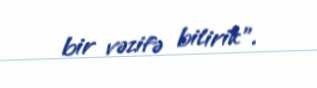
bir vəzifə bilirik”.